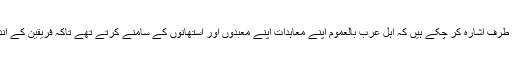
ہم کسی دوسرے مقام میں اس بات کی طرف اشارہ کر چکے ہیں کہ اہل عرب بالعموم اپنے معاہدات اپنے معبدوں اور استھانوں کے سامنے کرتے تھے تاکہ فریقین کے اندر معاہدات کے احترام کا جذبہ پیدا ہو۔